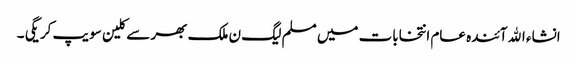
انشاء الله آئندہ عام انتخابات میں مسلم لیگ ن ملک بھر سے کلین سویپ کریگی ۔